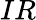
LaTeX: IR